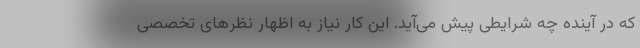
که در آینده چه شرایطی پیش می‌آید. این کار نیاز به اظهار نظرهای تخصصی